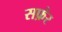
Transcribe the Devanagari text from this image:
सफ़ेर